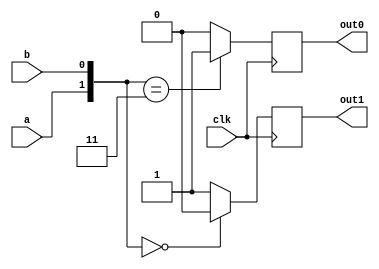
module kpg_init (
	output reg out1, out0,
	input a, b,
	input clk
);
	always @(posedge clk)
	case ({a, b})
		2'b00: begin
			out0 = 1'b0; out1 = 1'b0;
		end
		2'b11: begin
			out0 = 1'b1; out1 = 1'b1;
		end
		default: begin 
			out0 = 1'b0; out1 = 1'b1;
		end
	endcase

endmodule

module kpg (
	input cur_bit_1, cur_bit_0, prev_bit_1, prev_bit_0,
	output reg out_bit_1, out_bit_0,
	input clk
);
	always @(posedge clk)
	begin
		if({cur_bit_1, cur_bit_0} == 2'b00)
			{out_bit_1, out_bit_0} = 2'b00;
		
		if({cur_bit_1, cur_bit_0} == 2'b11)
			{out_bit_1, out_bit_0} = 2'b11;

		if({cur_bit_1, cur_bit_0} == 2'b10)
			{out_bit_1, out_bit_0} = {prev_bit_1, prev_bit_0};

	end

endmodule